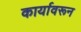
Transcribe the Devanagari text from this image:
कार्यावरून